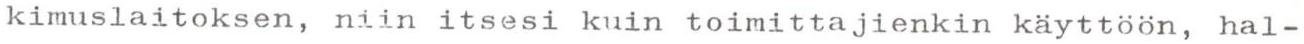
kimuslaitoksen, niin itsesi kuin toimittajienkin käyttöön, hal-